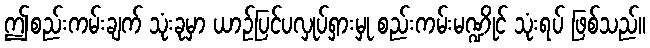
ဤစည်းကမ်းချက် သုံးခုမှာ ယာဉ်ပြင်ပလှုပ်ရှားမှု စည်းကမ်းမဏ္ဍိုင် သုံးရပ် ဖြစ်သည်။